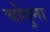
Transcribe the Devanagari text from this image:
चोगुना